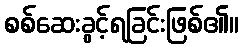
စစ်ဆေးခွင့်ရခြင်းဖြစ်၏။